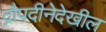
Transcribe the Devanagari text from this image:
द्रौपदीनेदेखील